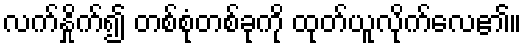
လက်နှိုက်၍ တစ်စုံတစ်ခုကို ထုတ်ယူလိုက်လေ၏။